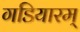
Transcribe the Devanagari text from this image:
गडियारम्